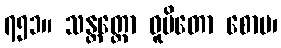
၇၅၁။ သန္တတ္တော ဓူပိတော စောပ၊